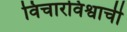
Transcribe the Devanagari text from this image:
विचारविश्वाची